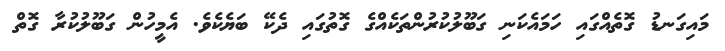
މައިގަނޑު ގޮތެއްގައި ހަމައެކަނި ގަބޫލުކުރުންތަކެއްގެ ގޮތުގައި ދެކޭ ބަޔެކެވެ. އެމީހުން ގަބޫލުކުރާ ގޮތް